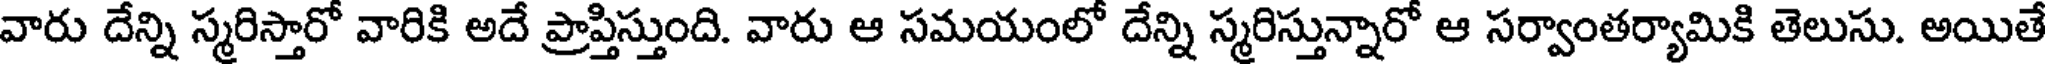
వారు దేన్ని స్మరిస్తారో వారికి అదే ప్రాప్తిస్తుంది. వారు ఆ సమయంలో దేన్ని స్మరిస్తున్నారో ఆ సర్వాంతర్యామికి తెలుసు. అయితే